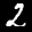
Label: 2